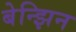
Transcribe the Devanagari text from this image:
बेन्झिन